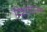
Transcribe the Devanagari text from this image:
दिशाचालन